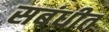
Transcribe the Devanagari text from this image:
सबंधीत